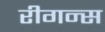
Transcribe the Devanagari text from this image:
रीगन्स